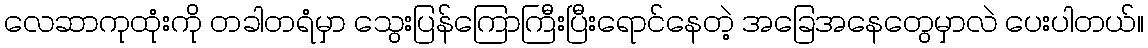
လေဆာကုထုံးကို တခါတရံမှာ သွေးပြန်ကြောကြီးပြီးရောင်နေတဲ့ အခြေအနေတွေမှာလဲ ပေးပါတယ်။